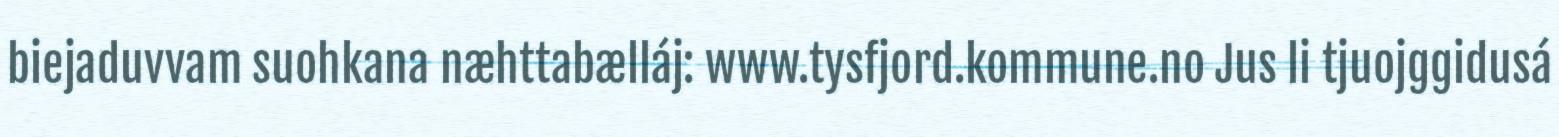
biejaduvvam suohkana næhttabælláj: www.tysfjord.kommune.no Jus li tjuojggidusá